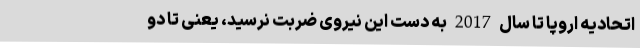
اتحادیه اروپا تا سال 2017 به دست این نیروی ضربت نرسید، یعنی تا دو